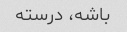
باشه، درسته